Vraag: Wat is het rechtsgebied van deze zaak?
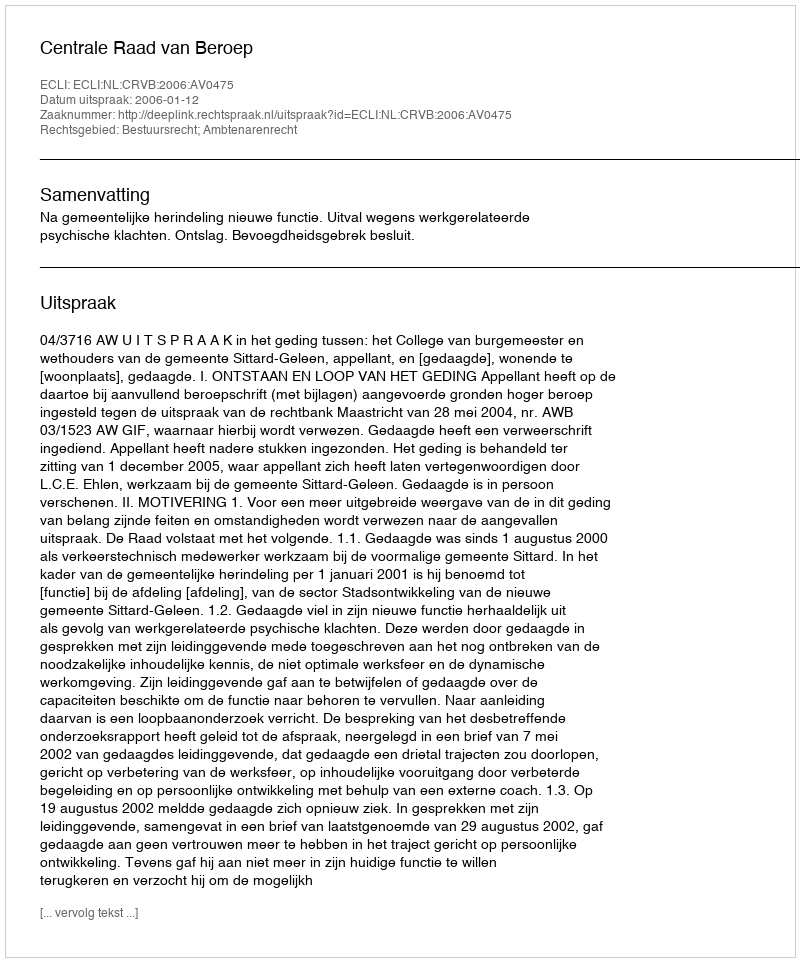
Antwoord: Bestuursrecht; Ambtenarenrecht